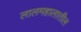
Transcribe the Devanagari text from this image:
लालमहालातील